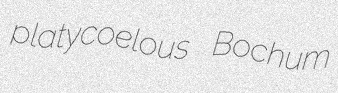
platycoelous Bochum